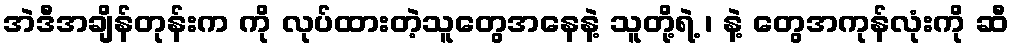
အဲဒီအချိန်တုန်းက ကို လုပ်ထားတဲ့သူတွေအနေနဲ့ သူတို့ရဲ့ ၊ နဲ့ တွေအကုန်လုံးကို ဆီ